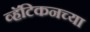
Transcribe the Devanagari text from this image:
व्हॅटिकनच्या